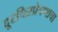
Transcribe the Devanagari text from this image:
दूरचित्रप्रेषणाचा